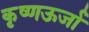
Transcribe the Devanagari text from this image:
कृष्णऊर्जा